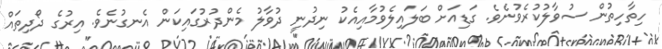
ހިތާހިތުން ސުވާލުކުރެވުނެވެ. ގަޑިއަށް ބަލައިލެވުމާއިއެކު ނިދުނީ ދުވާލު މެންދުރުގައިކަން އެނގުނެވެ. އިރުގެ ދޯދިތައް